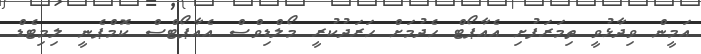
އަމީން ވިދާޅުވީ ތިމަރަފުށި އެއާޕޯޓް ހެދުމަށް ހަރަދުކުރީ މޯލްޑިވްސް އެއާޕޯޓްސް ކޮމްޕެނީ ލިމިޓެޑް